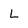
Character: L